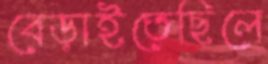
বেড়াইতেছিলে